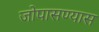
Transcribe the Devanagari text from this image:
जोपासण्यास